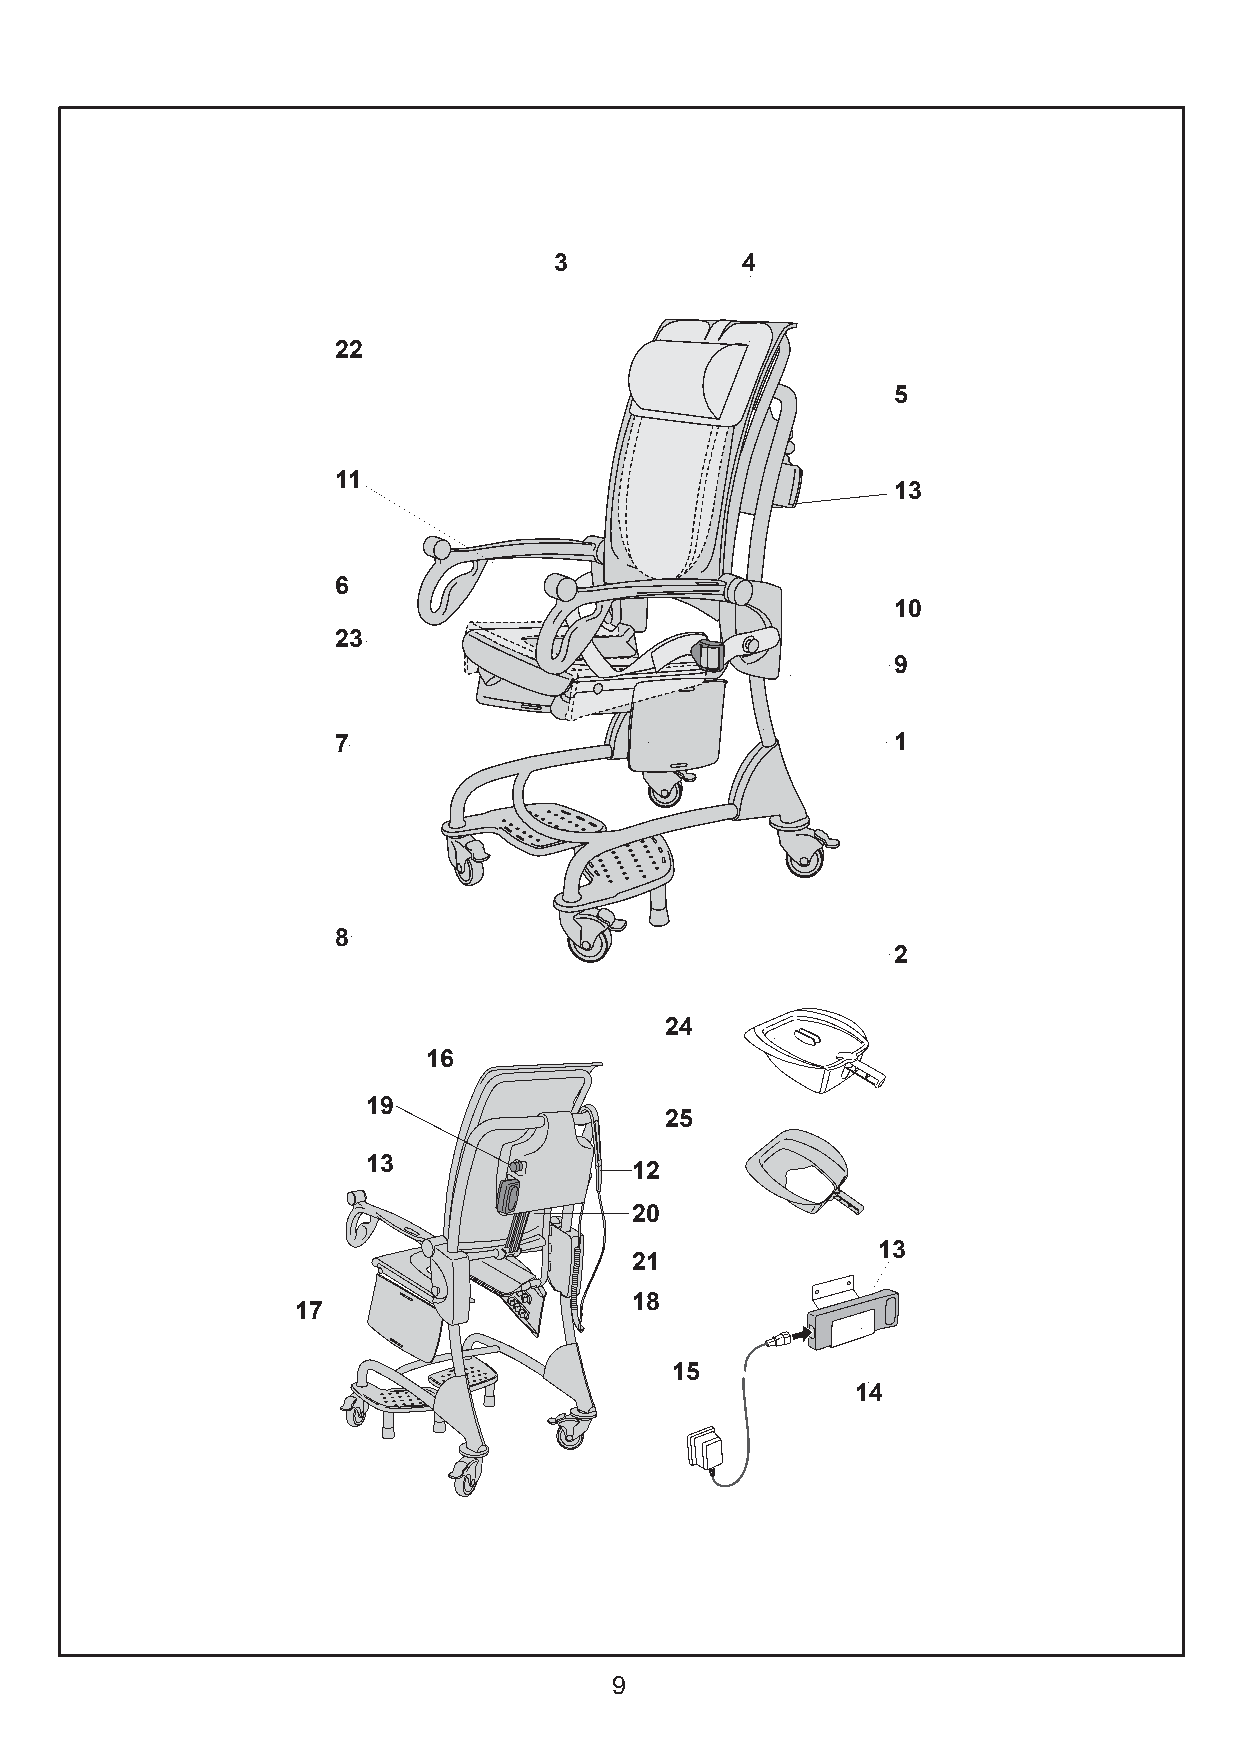
3           4
 22
 5
 11
 13
 6
 10
 23
 9
 7                                    1
 8
 2
 24
 16
 19
 25
 13
 12
 20
 13
 21
 18
 17
 15
 14
 9